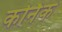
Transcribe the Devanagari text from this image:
कर्निक